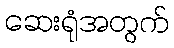
ဆေးရုံအတွက်